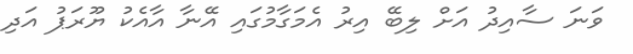
ވަނަ ސާއިދު އަށް ލިބޭ އިރު އެމަގާމުގައި އޭނާ އާއެކު ޔޫރަޕު އަދި